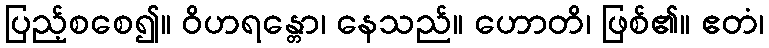
ပြည့်စစေ၍။ ဝိဟရန္တော၊ နေသည်။ ဟောတိ၊ ဖြစ်၏။ ဧတံ၊